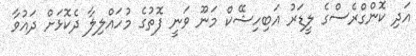
އަދި ކޮންގްރެސްގެ ލީޑަރު އަބިހިޝޭކް މަނޫ ވަނީ ފޮތުގެ މުހައްލިލާ ދެކޮޅަށް ދައުވާ